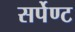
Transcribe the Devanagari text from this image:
सर्पेण्ट